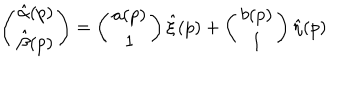
LaTeX: \left( \begin{array} { c c } { { \hat { \alpha } ( p ) } } \\ { { \hat { \beta } ( p ) } } \\ \end{array} \right) = \left( \begin{array} { c c } { { a ( p ) } } \\ { { 1 } } \\ \end{array} \right) \hat { \xi } ( p ) + \left( \begin{array} { c c } { { b ( p ) } } \\ { { 1 } } \\ \end{array} \right) \hat { \eta } ( p )